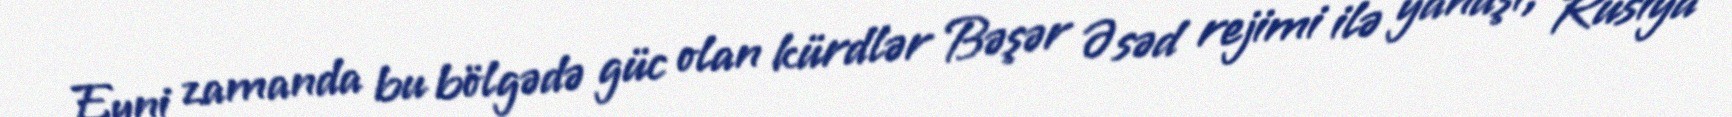
Eyni zamanda bu bölgədə güc olan kürdlər Bəşər Əsəd rejimi ilə yanaşı, Rusiya